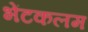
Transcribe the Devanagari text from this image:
भेंटकलम